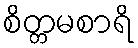
စိတ္တမစာရိ